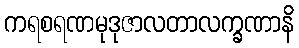
ကရစရဏမုဒုဇာလတာလက္ခဏာနိ